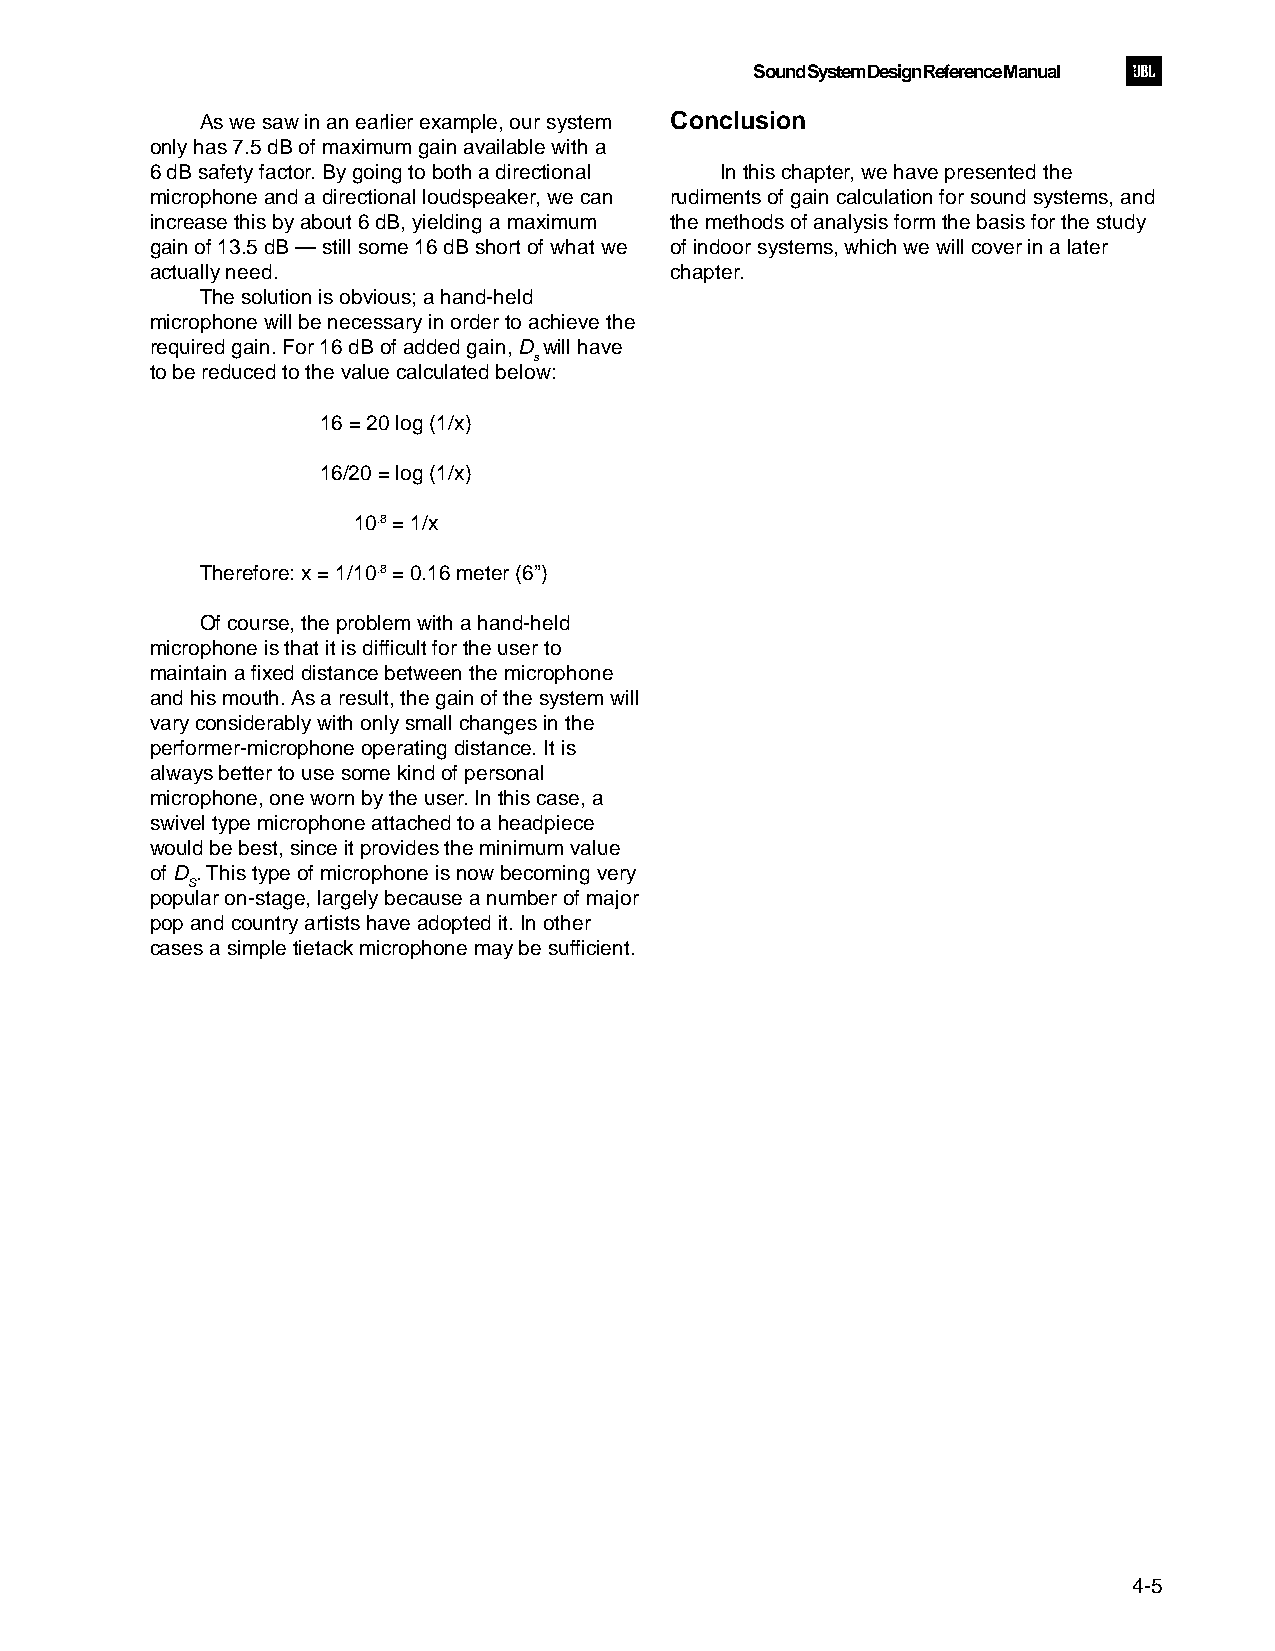
Sound System Design Reference Manual
 As we saw in an earlier example, our system Conclusion
 only has 7.5 dB of maximum gain available with a
 6 dB safety factor. By going to both a directional In this chapter, we have presented the
 microphone and a directional loudspeaker, we can rudiments of gain calculation for sound systems, and
 increase this by about 6 dB, yielding a maximum the methods of analysis form the basis for the study
 gain of 13.5 dB — still some 16 dB short of what we of indoor systems, which we will cover in a later
 actually need.                    chapter.
 The solution is obvious; a hand-held
 microphone will be necessary in order to achieve the
 required gain. For 16 dB of added gain, D will have
 s
 to be reduced to the value calculated below:
 16 = 20 log (1/x)
 16/20 = log (1/x)
 10.8 = 1/x
 Therefore: x = 1/10.8 = 0.16 meter (6”)
 Of course, the problem with a hand-held
 microphone is that it is difficult for the user to
 maintain a fixed distance between the microphone
 and his mouth. As a result, the gain of the system will
 vary considerably with only small changes in the
 performer-microphone operating distance. It is
 always better to use some kind of personal
 microphone, one worn by the user. In this case, a
 swivel type microphone attached to a headpiece
 would be best, since it provides the minimum value
 of D . This type of microphone is now becoming very
 S
 popular on-stage, largely because a number of major
 pop and country artists have adopted it. In other
 cases a simple tietack microphone may be sufficient.
 4-5